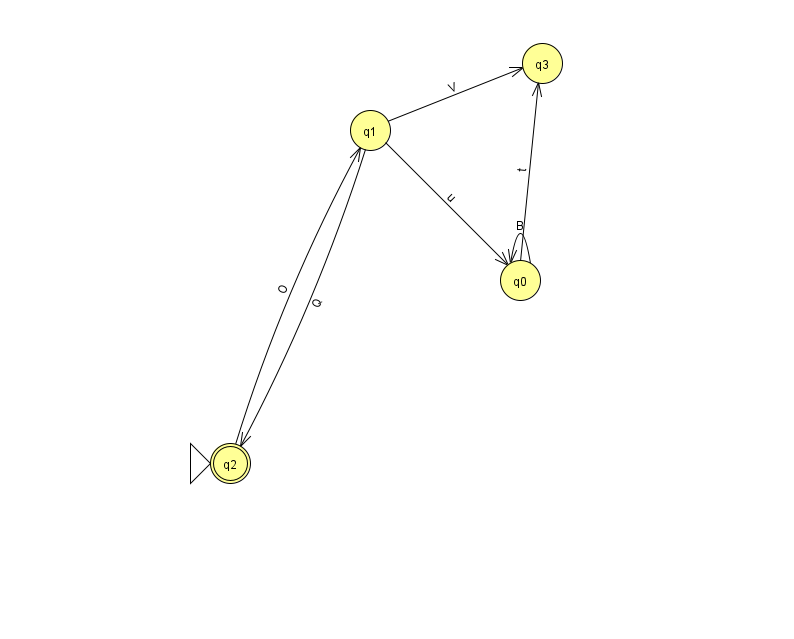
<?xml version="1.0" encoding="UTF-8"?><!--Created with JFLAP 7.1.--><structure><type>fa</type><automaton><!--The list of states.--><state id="0" name="q0"><x>520.0</x><y>267.0</y></state><state id="1" name="q1"><x>370.0</x><y>117.0</y></state><state id="2" name="q2"><x>230.0</x><y>450.0</y><initial/><final/></state><state id="3" name="q3"><x>542.0</x><y>50.0</y></state><!--The list of transitions.--><transition><from>2</from><to>1</to><read>O</read></transition><transition><from>0</from><to>0</to><read>B</read></transition><transition><from>0</from><to>3</to><read>t</read></transition><transition><from>1</from><to>0</to><read>u</read></transition><transition><from>1</from><to>3</to><read>V</read></transition><transition><from>1</from><to>2</to><read>Q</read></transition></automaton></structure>